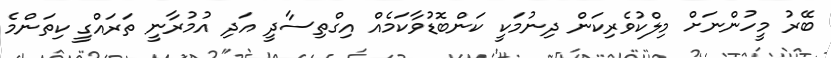
ބޭރު މީހުންނަށް މިލްކުވެރިކަން ދިނުމަކީ ކަންބޮޑުވާކަމެއް އިގްތިސާދީ އަދި އުމުރާނީ ތަރައްގީ ކިތަންމެ